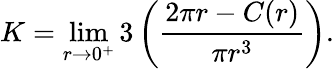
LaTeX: K=\operatorname*{lim}_{r\to 0^{+}}3\left({\frac{2\pi r-C(r)}{\pi r^{3}}}\right).